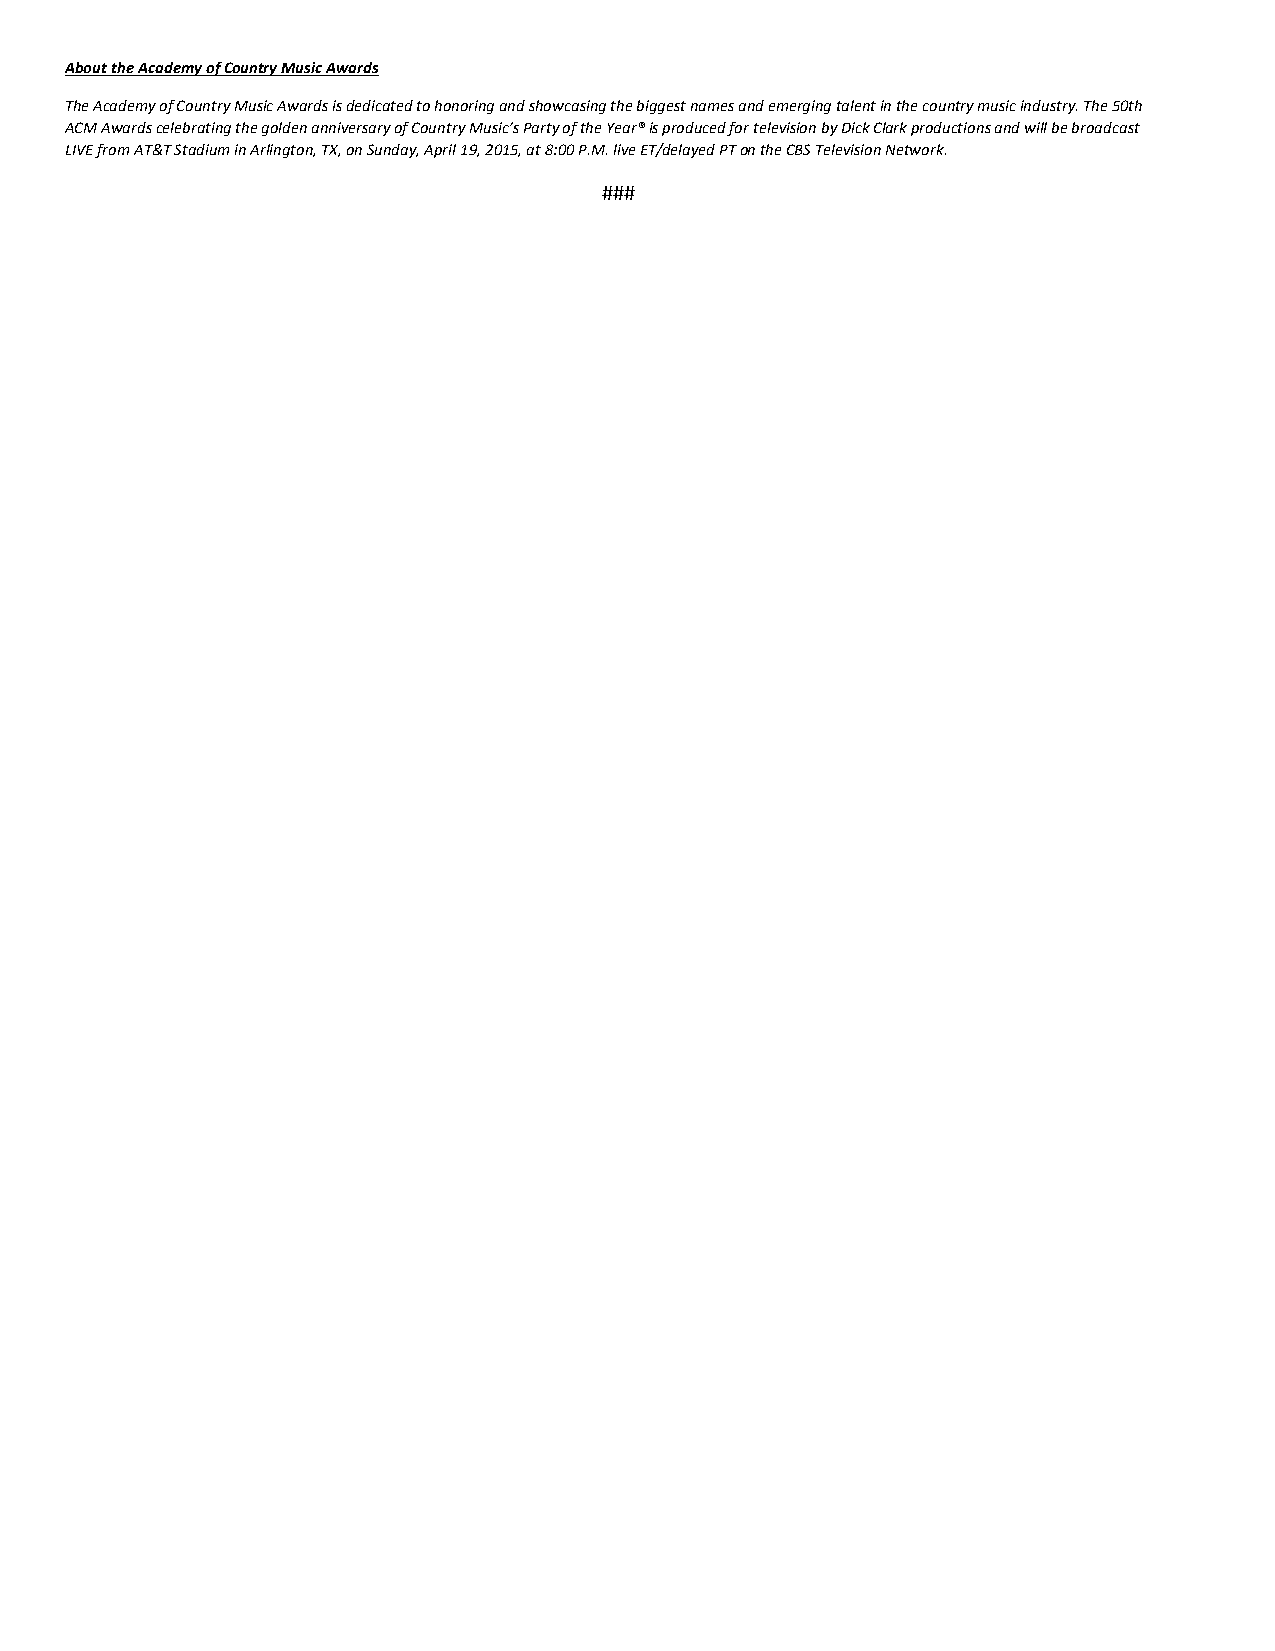
About the Academy of Country Music Awards
 The Academy of Country Music Awards is dedicated to honoring and showcasing the biggest names and emerging talent in the country music industry. The 50th
 ACM Awards celebrating the golden anniversary of Country Music’s Party of the Year® is produced for television by Dick Clark productions and will be broadcast
 LIVE from AT&T Stadium in Arlington, TX, on Sunday, April 19, 2015, at 8:00 P.M. live ET/delayed PT on the CBS Television Network.
 ###